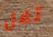
تلال